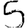
Digit: 5